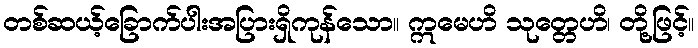
တစ်ဆယ့်ခြောက်ပါးအပြားရှိကုန်သော။ ဣမေဟိ သုတ္တေဟိ၊ တို့ဖြင့်။